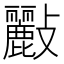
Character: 𣀷